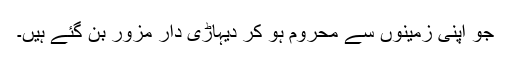
جو اپنی زمینوں سے محروم ہو کر دیہاڑی دار مزور بن گئے ہیں۔